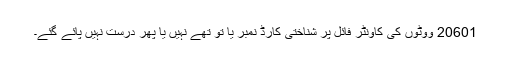
20601 ووٹوں کی کاؤنٹر فائل پر شناختی کارڈ نمبر یا تو تھے نہیں یا پھر درست نہیں پائے گئے۔